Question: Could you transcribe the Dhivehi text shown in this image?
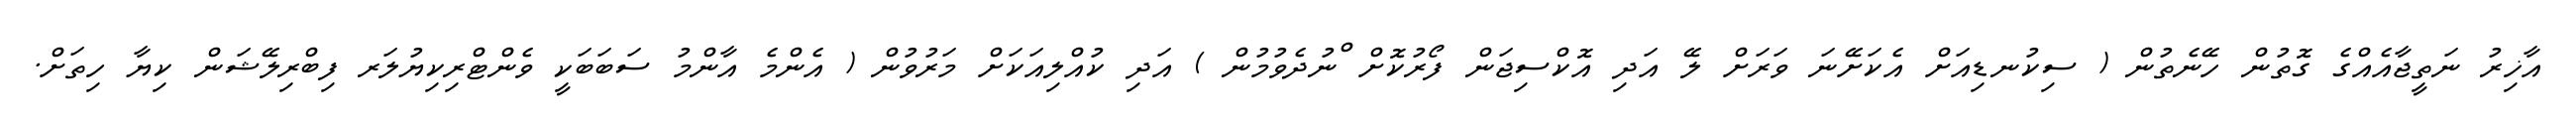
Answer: އާޚިރު ނަތީޖާއެއްގެ ގޮތުން ހޭނެތުން ( ސިކުނޑިއަށް އެކަށޭނަ ވަރަށް ލޭ އަދި އޮކްސިޖަން ފޯރުކޮށް ްނުދެވުމުން ) އަދި ކުއްލިއަކަށް މަރުވުން ( އެންމެ އާންމު ސަބަބަކީ ވެންޓްރިކިޔުލަރ ފިބްރިލޭޝަން ކިޔާ ހިތަށް.